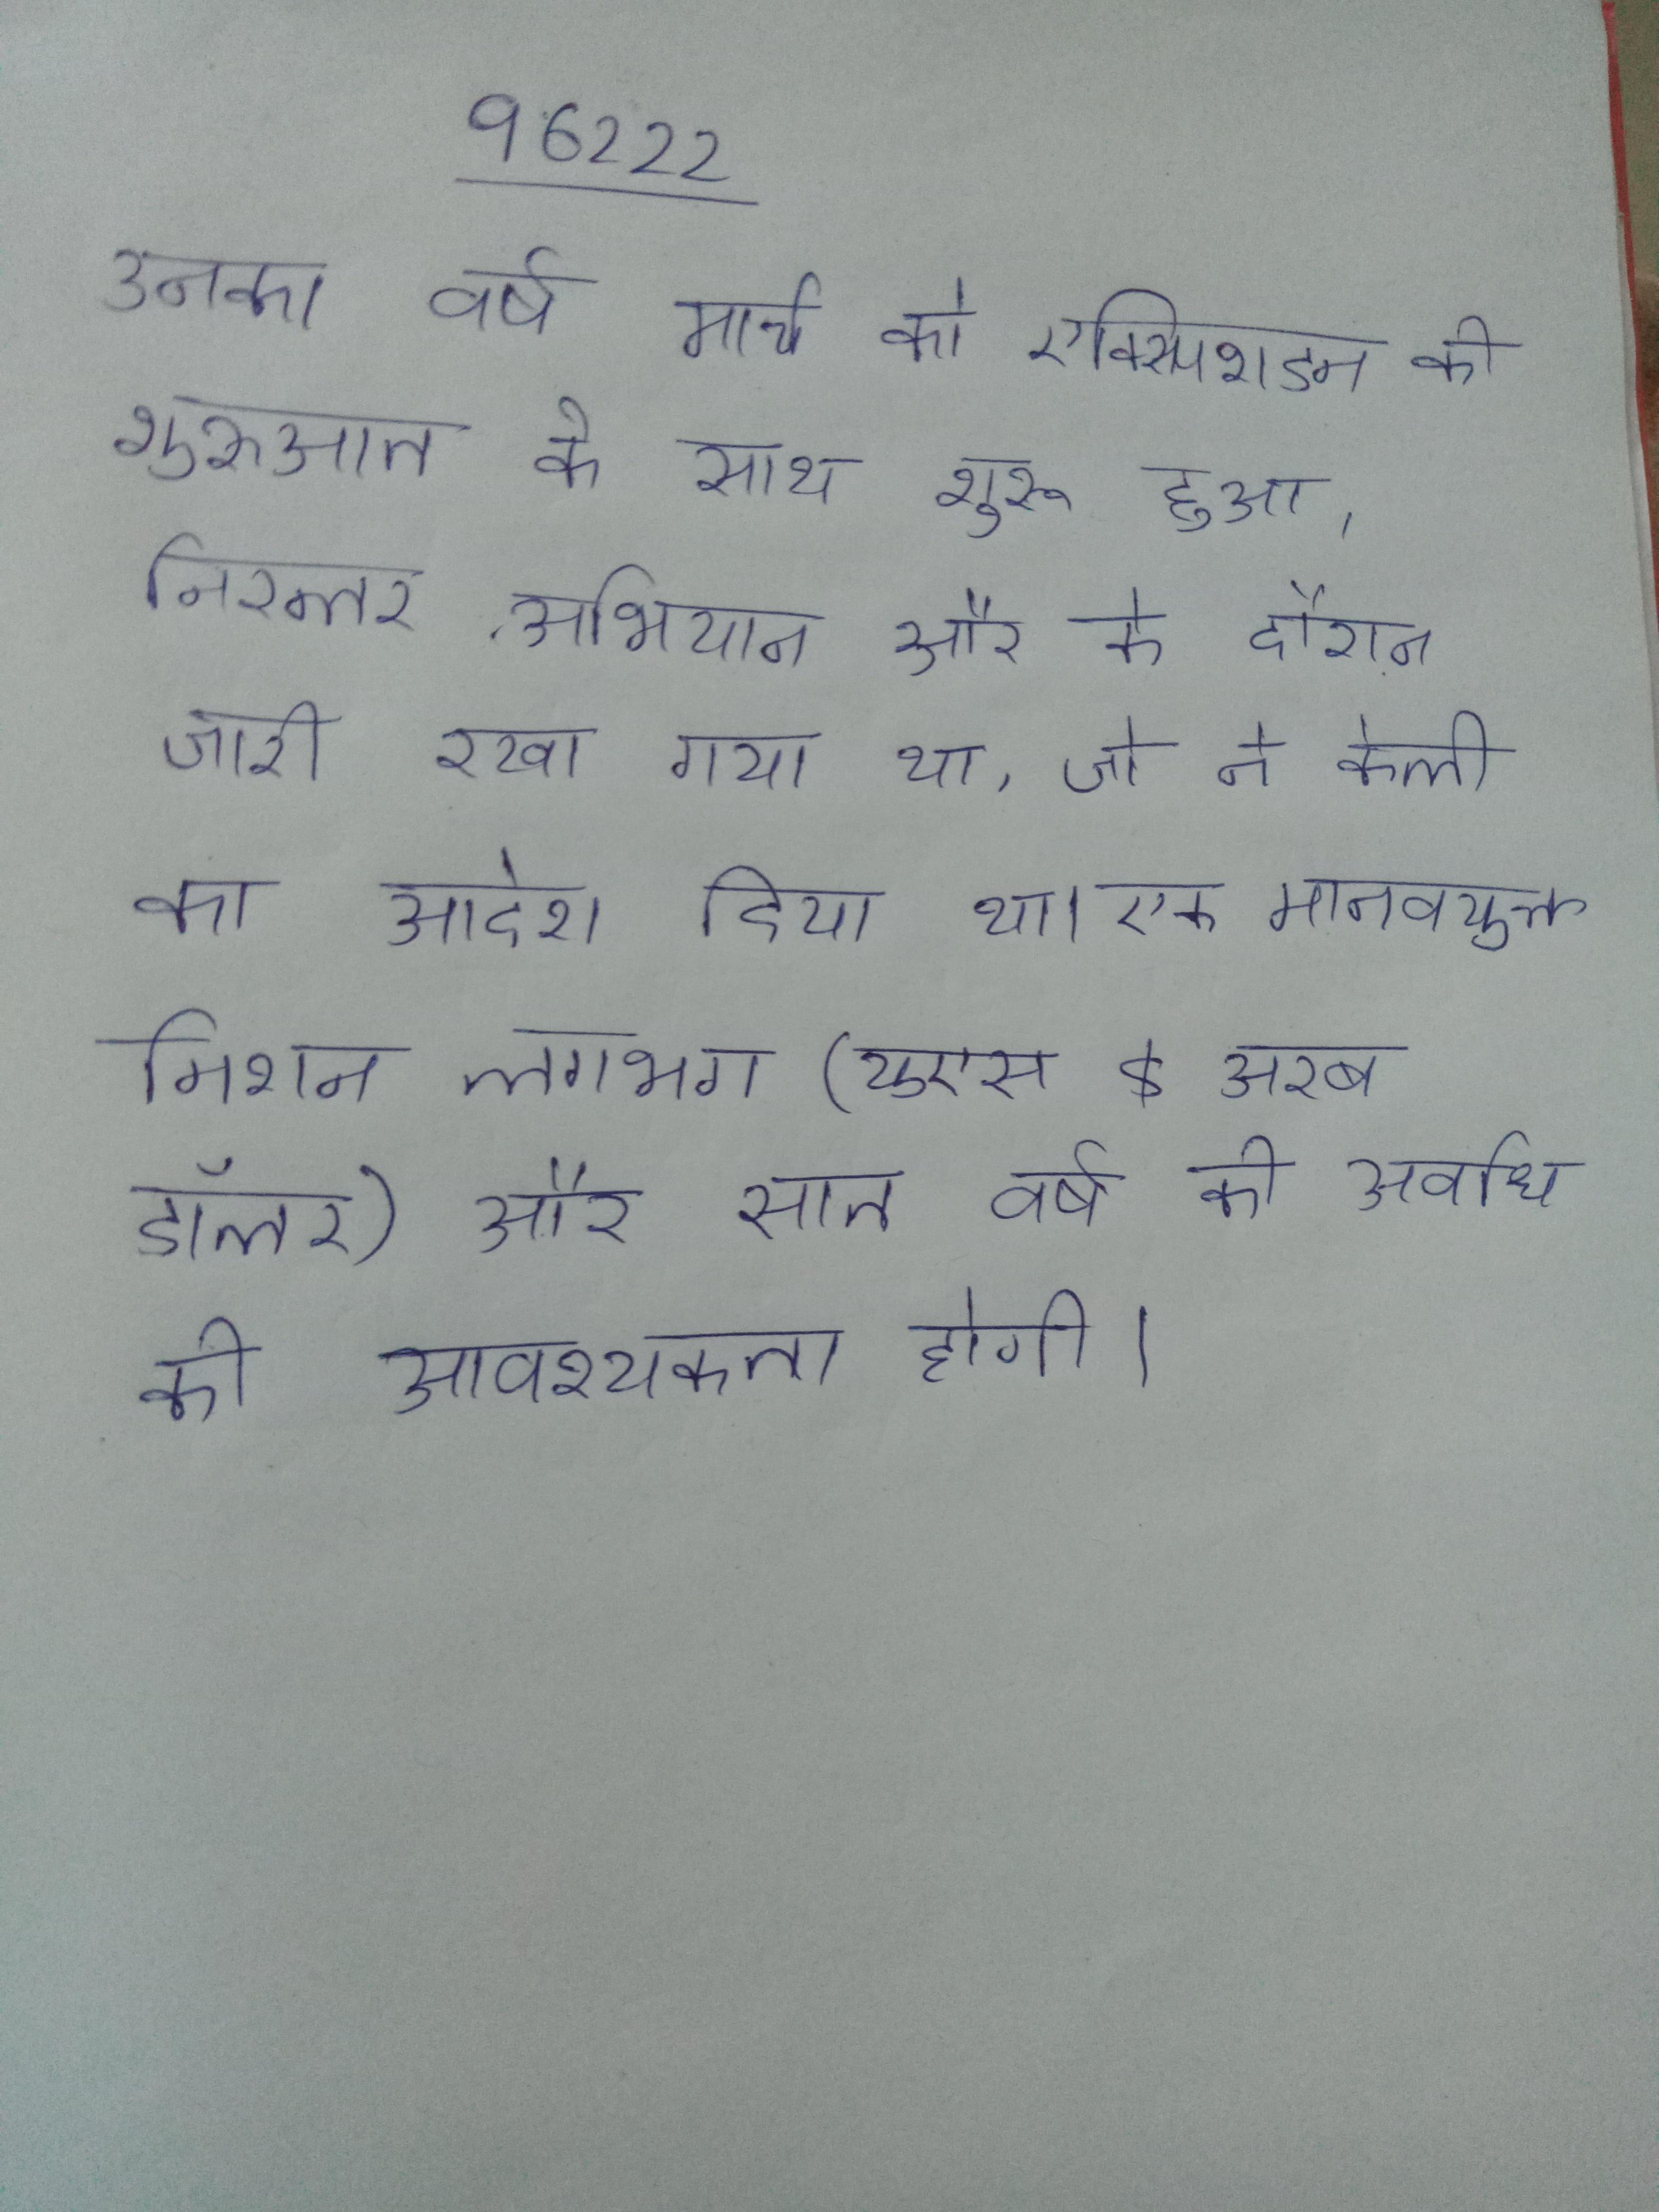
उनका वर्ष मार्च को एक्स्पिशडन की शुरुआत के साथ शुरू हुआ, निरन्तर अभियान और के दौरान जारी रखा गया था, जो ने केली का आदेश दिया था । एक मानवयुक्त मिशन लगभग (यूएस$ अरब डॉलर) और सात वर्ष की अवधि की आवश्यकता होगी ।